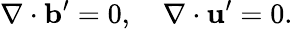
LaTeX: \nabla\cdot\mathbf{b}^{\prime}=0,\quad\nabla\cdot\mathbf{u}^{\prime}=0.